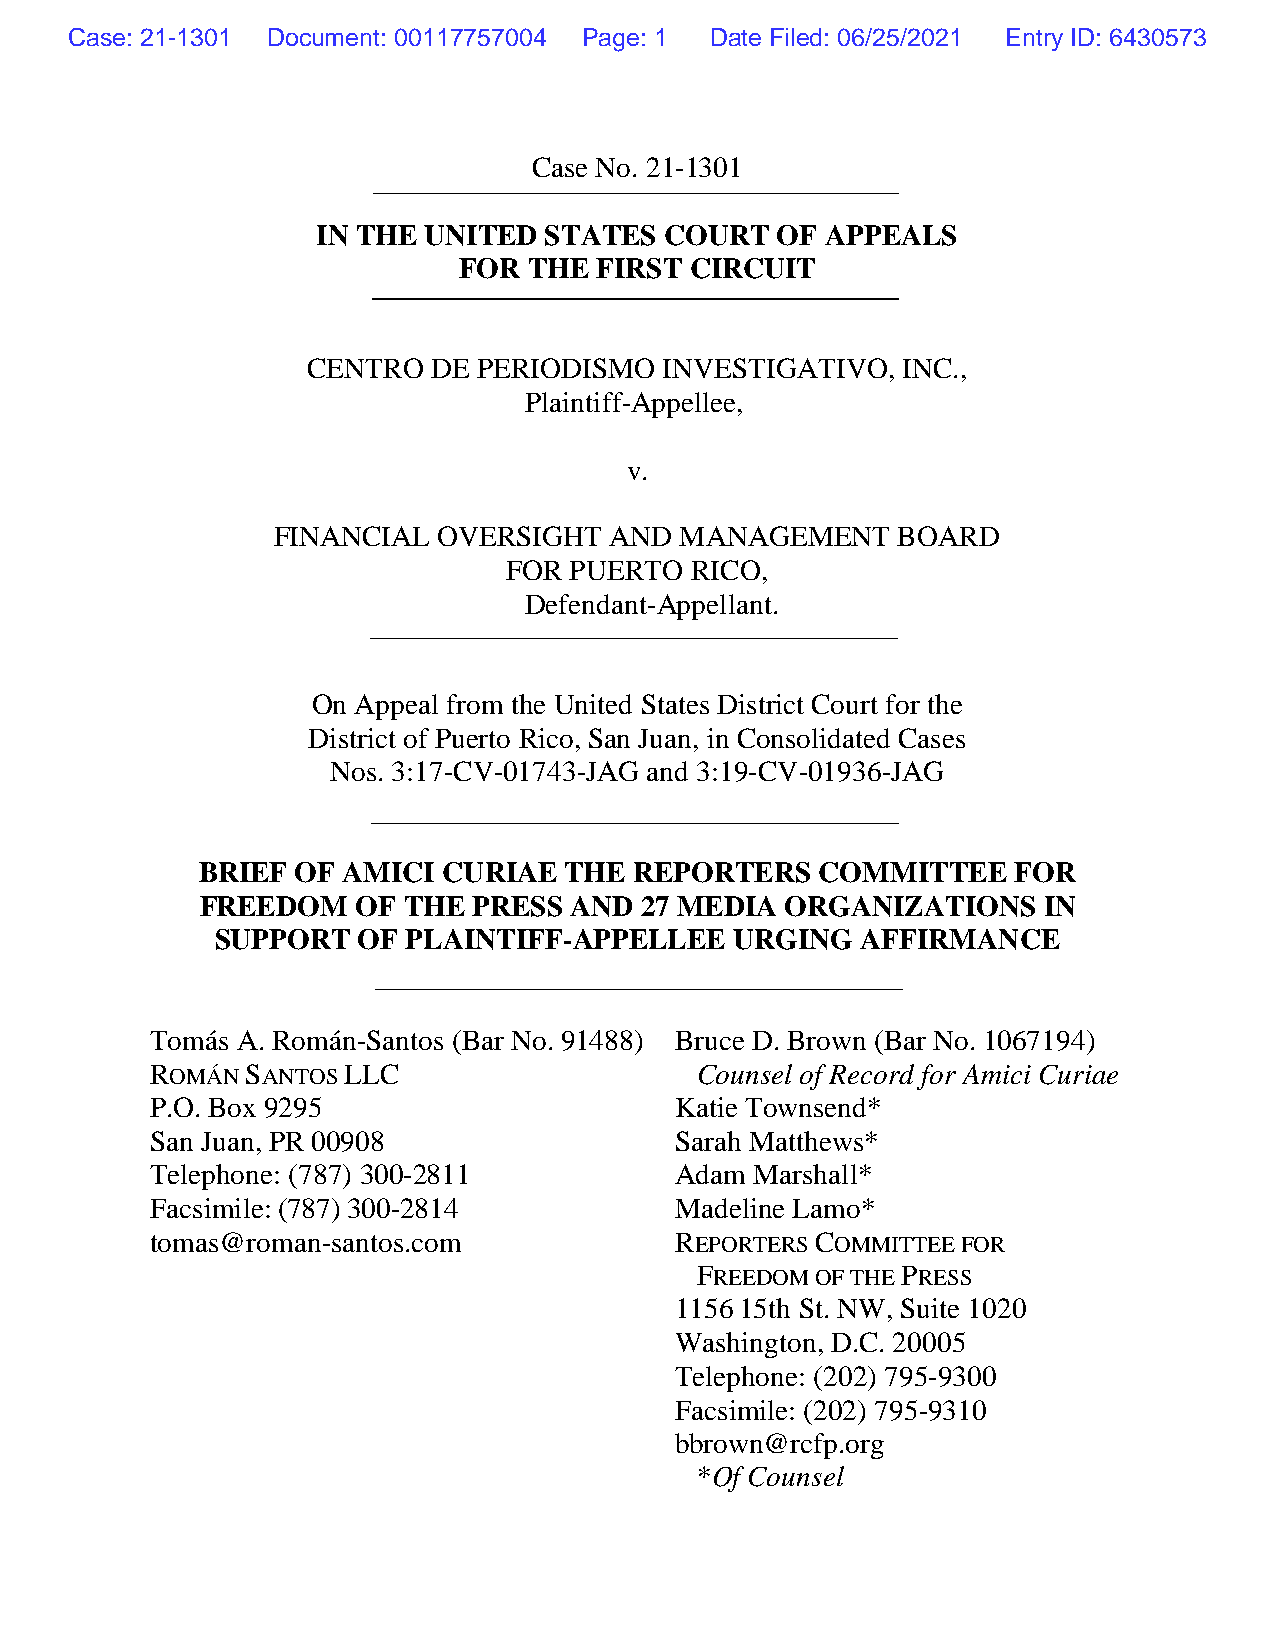
Case: 21-1301 Document: 00117757004 Page: 1 Date Filed: 06/25/2021 Entry ID: 6430573
 Case No. 21-1301
 IN THE UNITED  STATES  COURT  OF  APPEALS
 FOR  THE FIRST  CIRCUIT
 CENTRO   DE PERIODISMO  INVESTIGATIVO,  INC.,
 Plaintiff-Appellee,
 v.
 FINANCIAL  OVERSIGHT  AND  MANAGEMENT    BOARD
 FOR PUERTO  RICO,
 Defendant-Appellant.
 On Appeal from the United States District Court for the
 District of Puerto Rico, San Juan, in Consolidated Cases
 Nos. 3:17-CV-01743-JAG and 3:19-CV-01936-JAG
 BRIEF  OF AMICI CURIAE  THE  REPORTERS   COMMITTEE    FOR
 FREEDOM    OF THE PRESS  AND 27 MEDIA  ORGANIZATIONS    IN
 SUPPORT   OF PLAINTIFF-APPELLEE    URGING  AFFIRMANCE
 Tomás A. Román-Santos (Bar No. 91488) Bruce D. Brown (Bar No. 1067194)
 ROMÁN SANTOS LLC                    Counsel of Record for Amici Curiae
 P.O. Box 9295                      Katie Townsend*
 San Juan, PR 00908                 Sarah Matthews*
 Telephone: (787) 300-2811          Adam Marshall*
 Facsimile: (787) 300-2814          Madeline Lamo*
 tomas@roman-santos.com             REPORTERS COMMITTEE FOR
 FREEDOM OF THE PRESS
 1156 15th St. NW, Suite 1020
 Washington, D.C. 20005
 Telephone: (202) 795-9300
 Facsimile: (202) 795-9310
 bbrown@rcfp.org
 *Of Counsel